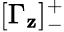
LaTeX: [\Gamma_{\mathbf{z}}]_{-}^{+}